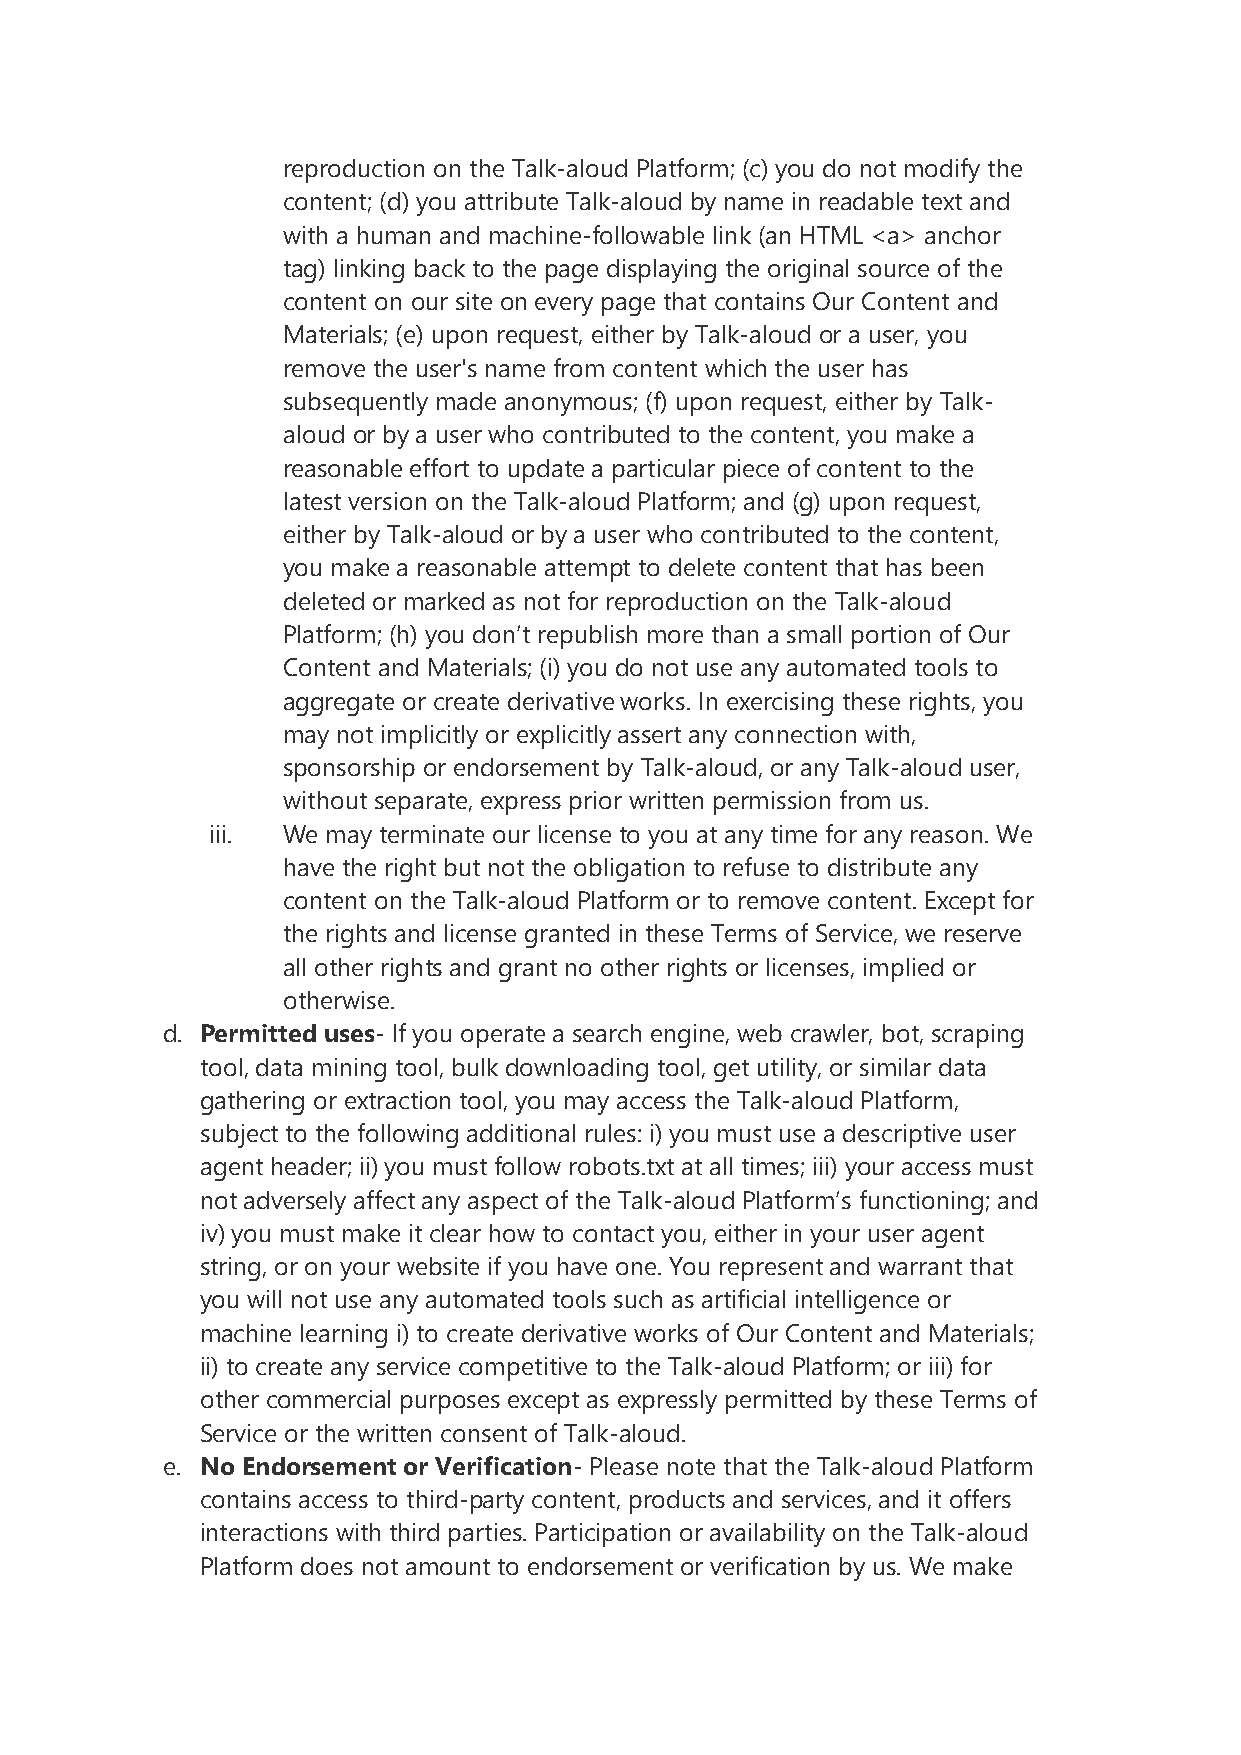
reproduction on the Talk-aloud Platform; (c) you do not modify the
 content; (d) you attribute Talk-aloud by name in readable text and
 with a human and machine-followable link (an HTML <a> anchor
 tag) linking back to the page displaying the original source of the
 content on our site on every page that contains Our Content and
 Materials; (e) upon request, either by Talk-aloud or a user, you
 remove the user's name from content which the user has
 subsequently made anonymous; (f) upon request, either by Talk-
 aloud or by a user who contributed to the content, you make a
 reasonable effort to update a particular piece of content to the
 latest version on the Talk-aloud Platform; and (g) upon request,
 either by Talk-aloud or by a user who contributed to the content,
 you make a reasonable attempt to delete content that has been
 deleted or marked as not for reproduction on the Talk-aloud
 Platform; (h) you don’t republish more than a small portion of Our
 Content and Materials; (i) you do not use any automated tools to
 aggregate or create derivative works. In exercising these rights, you
 may not implicitly or explicitly assert any connection with,
 sponsorship or endorsement by Talk-aloud, or any Talk-aloud user,
 without separate, express prior written permission from us.
 iii. We may terminate our license to you at any time for any reason. We
 have the right but not the obligation to refuse to distribute any
 content on the Talk-aloud Platform or to remove content. Except for
 the rights and license granted in these Terms of Service, we reserve
 all other rights and grant no other rights or licenses, implied or
 otherwise.
 d. Permitted uses- If you operate a search engine, web crawler, bot, scraping
 tool, data mining tool, bulk downloading tool, get utility, or similar data
 gathering or extraction tool, you may access the Talk-aloud Platform,
 subject to the following additional rules: i) you must use a descriptive user
 agent header; ii) you must follow robots.txt at all times; iii) your access must
 not adversely affect any aspect of the Talk-aloud Platform’s functioning; and
 iv) you must make it clear how to contact you, either in your user agent
 string, or on your website if you have one. You represent and warrant that
 you will not use any automated tools such as artificial intelligence or
 machine learning i) to create derivative works of Our Content and Materials;
 ii) to create any service competitive to the Talk-aloud Platform; or iii) for
 other commercial purposes except as expressly permitted by these Terms of
 Service or the written consent of Talk-aloud.
 e. No Endorsement or Verification- Please note that the Talk-aloud Platform
 contains access to third-party content, products and services, and it offers
 interactions with third parties. Participation or availability on the Talk-aloud
 Platform does not amount to endorsement or verification by us. We make